Lunatic asylums Central Provinces reports 1910-1926 - 1910-1926
Year: 1910
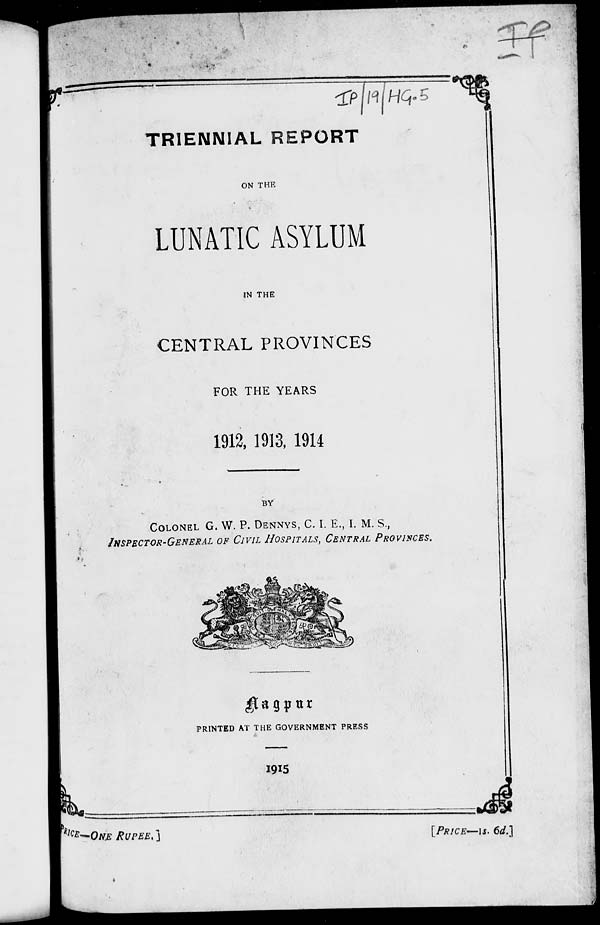
TRIENNIAL REPORT
ON THE
LUNATIC ASYLUM
IN THE
CENTRAL PROVINCES
FOR THE YEARS
1912, 1913, 1914
BY
COLONEL G. W. P. DENNYS, C. I. E., I. M. S.,
INSPECTOR-GENERAL OF CIVIL HOSPITALS, CENTRAL PROVINCES.
Nagpur
PRINTED AT THE GOVERNMENT PRESS
1915
PRICE—ONE RUPEE.]
[PRICE-1s. 6d.]